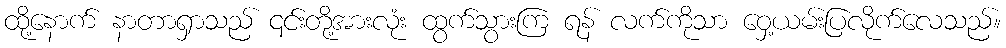
ထို့နောက် နာတာရှာသည် ၎င်းတို့အားလုံး ထွက်သွားကြ ရန် လက်ကိုသာ ဝှေ့ယမ်းပြလိုက်လေသည်။